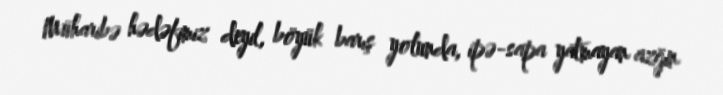
Müharibə hədəfimiz deyil, böyük barış yolunda, ipə-sapa yatmayan azğın